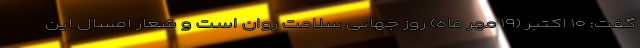
گفت: ۱۰ اکتبر (۱۹ مهر ماه) روز جهانی سلامت روان است و شعار امسال این